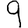
Digit: 9